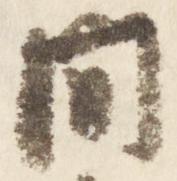
間